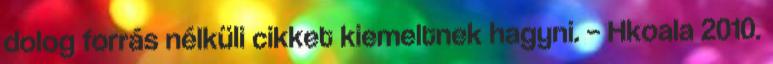
dolog forrás nélküli cikket kiemeltnek hagyni. – Hkoala 2010.